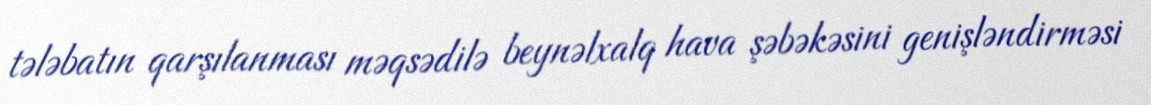
tələbatın qarşılanması məqsədilə beynəlxalq hava şəbəkəsini genişləndirməsi